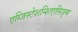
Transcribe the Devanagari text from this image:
एग्जिस्टेशन्शिएलिज़्म